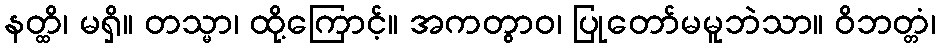
နတ္ထိ၊ မရှိ။ တသ္မာ၊ ထို့ကြောင့်။ အကတွာဝ၊ ပြုတော်မမူဘဲသာ။ ဝိဘတ္တံ၊